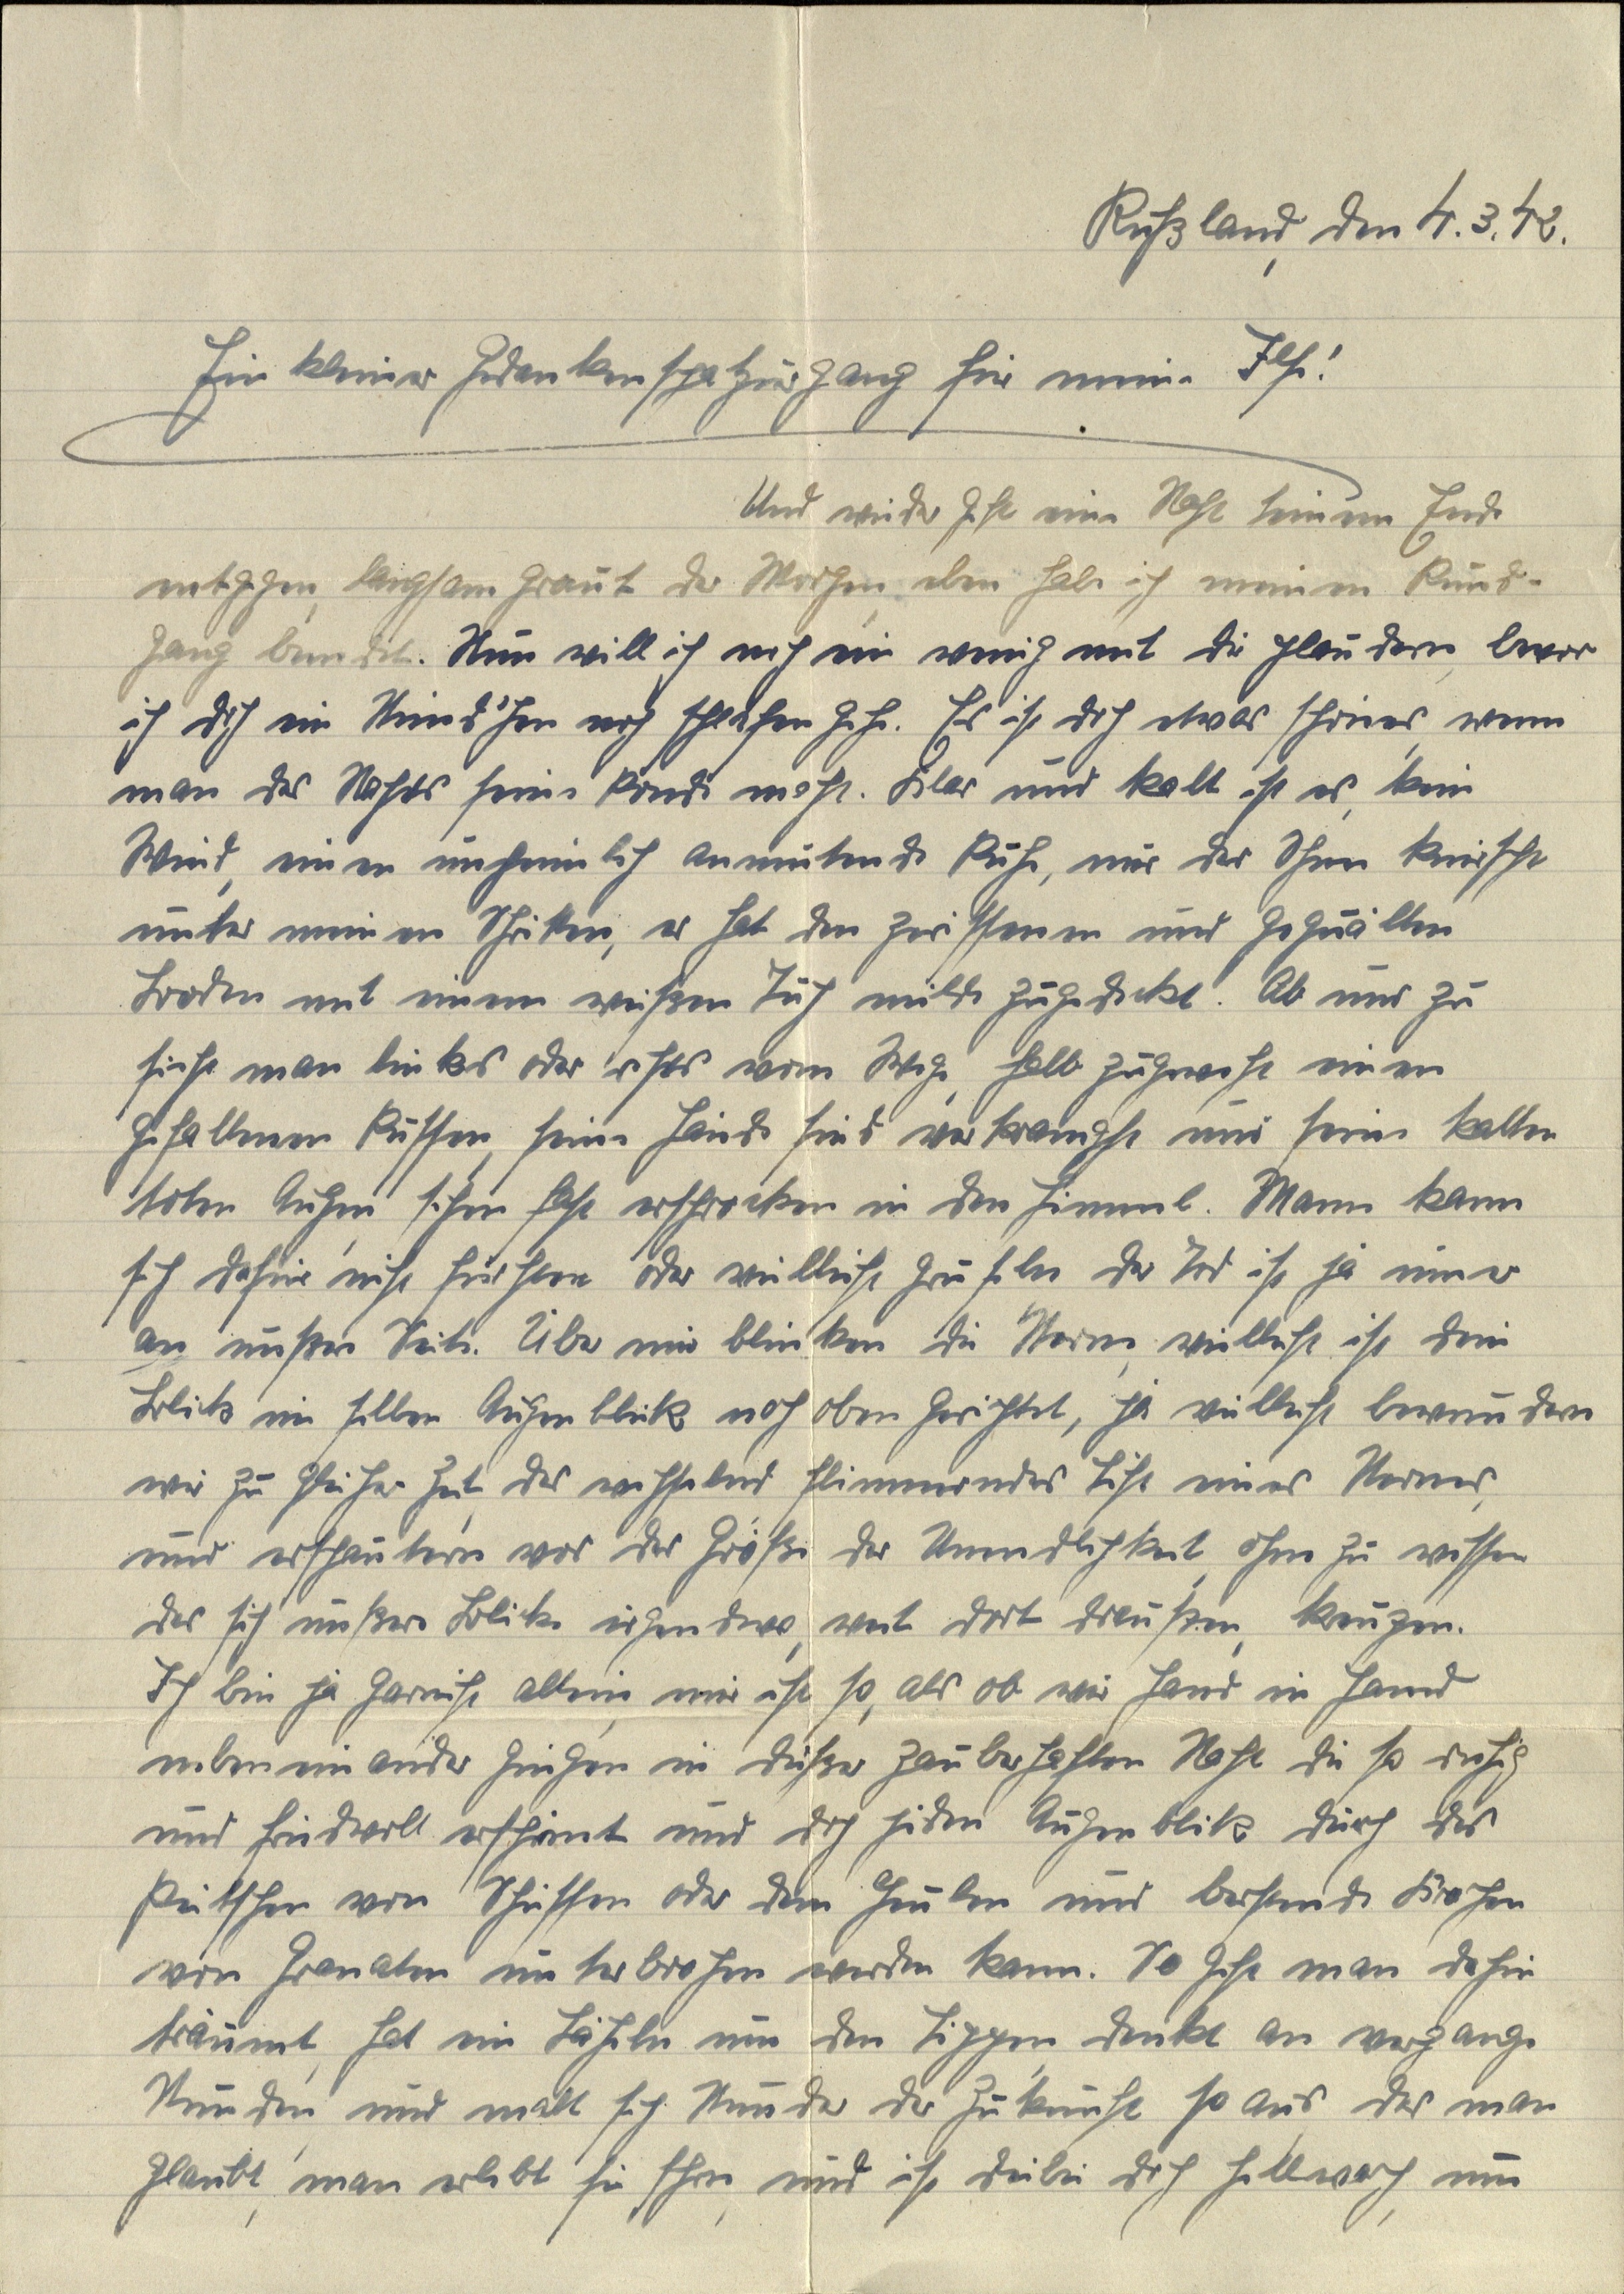
Rußland, den 4.3.42.
Ein kleiner Gedankenspaziergang für meine Ilse!
Und wieder geht eine Nacht seinem Ende
entgegen, langsam graut der Morgen, eben habe ich meinen Rund¬
gang beendet. Nun will ich noch ein wenig mit dir plaudern, bevor
ich doch ein Stünd'chen noch schlafen gehe. Es ist doch etwas schönes, wenn
man des Nachts seine Runde macht. Klar und kalt ist es, kein
Wind, eine unheimlich anmutende Ruhe, nur der Schnee knirscht
unter meinen Schritten, er hat den zerissenen und gequälten
Boden mit einem weißen Tuch milde zugedeckt. Ab und zu
sieht man links oder rechts vom Wege, halb zugeweht einen
gefallenen Russen, seine Hände sind verkrampft und seine kalten
toten Augen sehen fast erschrocken in den Himmel. Mann kann
sich dafür nicht fürchten oder vielleicht gruseln der Tod ist ja immer
an unserer Seite. Über mir blinken die Sterne, vielleicht ist dein
Blick im selben Augenblick nach oben gerichtet, ja vielleicht bewundern
wir zu gleicher Zeit, das wechselnd flimmerndes Licht eines Sternes
und erschaudern vor der Größe der Unendlichkeit, ohne zu wissen
das sich unsere Blicke irgendwo, weit dort draußen, kreuzen.
Ich bin ja garnicht allein, mir ist so, als ob wir Hand in Hand
nebeneinander gingen in dieser zauberhaften Nacht die so ruhig
und friedvoll erscheint und doch jeden Augenblick durch das
Peitschen von Schüssen oder dem Heulen und berstende Krachen
von Granaten unterbrochen werden kann. So geht man dahin
träumt, hat ein Lächeln um den Lippen, denkt an vergange
Stunden, und malt sich Stunden der Zukunft so aus, das man
glaubt, man erlebt sie schon, und ist dabei doch hellwach, um